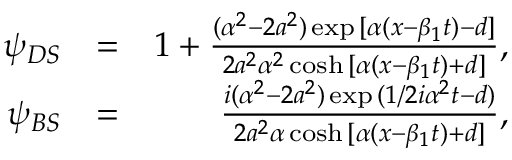
\begin{array} { r l r } { \psi _ { D S } } & { = } & { 1 + \frac { ( \alpha ^ { 2 } - 2 a ^ { 2 } ) \exp { [ \alpha ( x - \beta _ { 1 } t ) - d ] } } { 2 a ^ { 2 } \alpha ^ { 2 } \cosh { [ \alpha ( x - \beta _ { 1 } t ) + d ] } } , } \\ { \psi _ { B S } } & { = } & { \frac { i ( \alpha ^ { 2 } - 2 a ^ { 2 } ) \exp { ( 1 / 2 i \alpha ^ { 2 } t - d ) } } { 2 a ^ { 2 } \alpha \cosh { [ \alpha ( x - \beta _ { 1 } t ) + d ] } } , } \end{array}